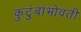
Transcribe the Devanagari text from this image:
कुटुंबांभोवती